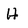
Character: H